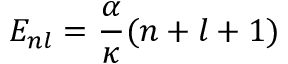
E _ { n l } = \frac { \alpha } { \kappa } ( n + l + 1 )